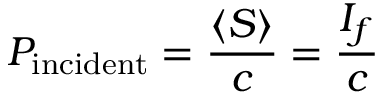
P _ { \mathrm { i n c i d e n t } } = { \frac { \langle S \rangle } { c } } = { \frac { I _ { f } } { c } }